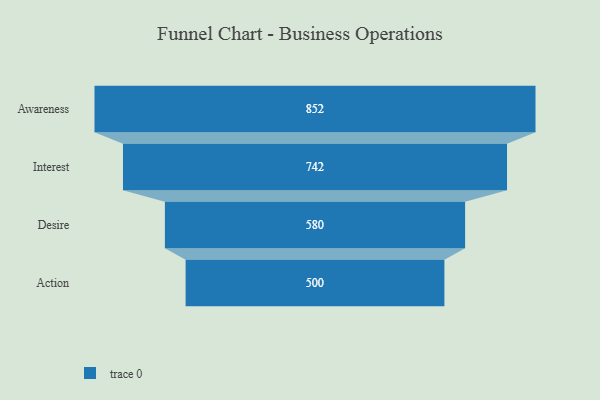
{"axis": {"x": "Stage", "y": "Value"}, "legend": [""], "data": [{"x": "Awareness", "y": 852.0, "type": ""}, {"x": "Interest", "y": 742.0, "type": ""}, {"x": "Desire", "y": 580.0, "type": ""}, {"x": "Action", "y": 500, "type": ""}]}